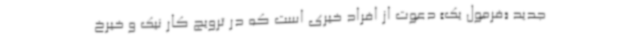
جدید «فرمول یک» دعوت از افراد خیری است که در ترویج کار نیک و خیرخ